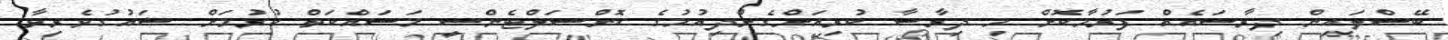
ބޭސްލައިން ދިރާސައެއް ފަރުމާކޮށް މި ދިރާސާ ކުރިއަށްގެންދިއުމުގެ ކޮންސަލްޓެންސީ މަސައްކަތް ކުރުމަށް ޝައުގުވެރިވާ